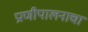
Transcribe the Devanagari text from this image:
प्राणीपालनाचा